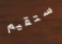
ستقيم